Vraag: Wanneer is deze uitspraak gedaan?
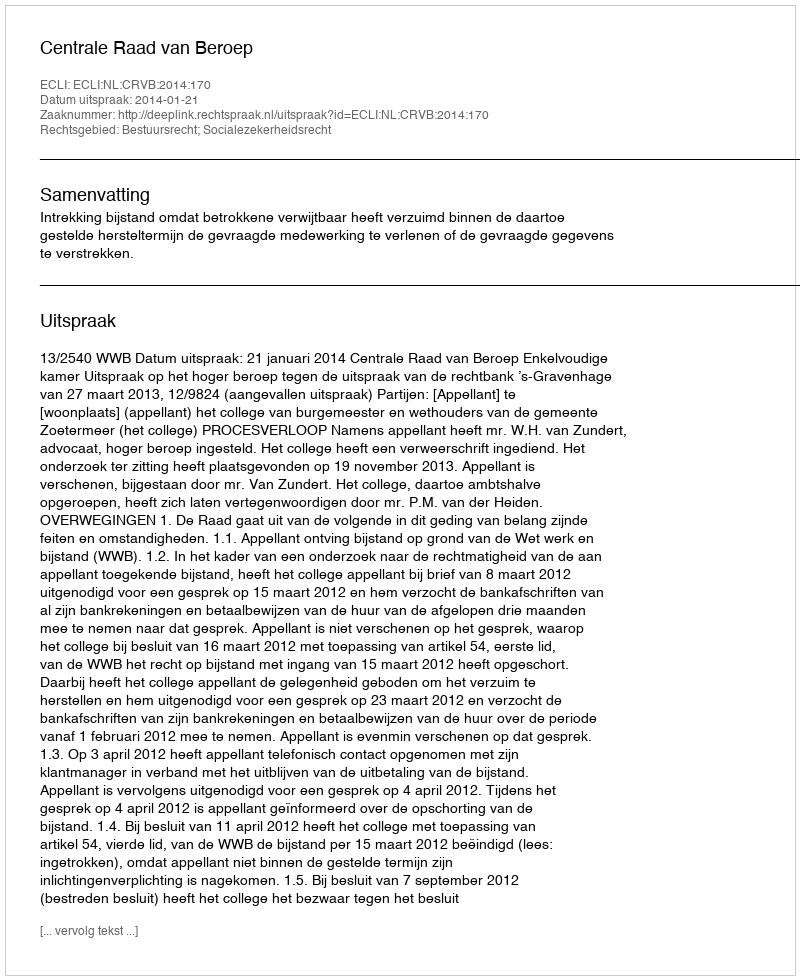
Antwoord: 2014-01-21